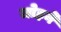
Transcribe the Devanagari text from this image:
जोहने